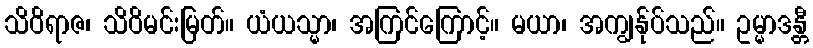
သိဝိရာဇ၊ သိဝိမင်းမြတ်။ ယံယသ္မာ၊ အကြင်ကြောင့်။ မယာ၊ အကျွန်ုပ်သည်။ ဥမ္မာဒန္တီ